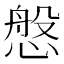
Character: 𢟁